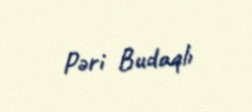
Pəri Budaqlı